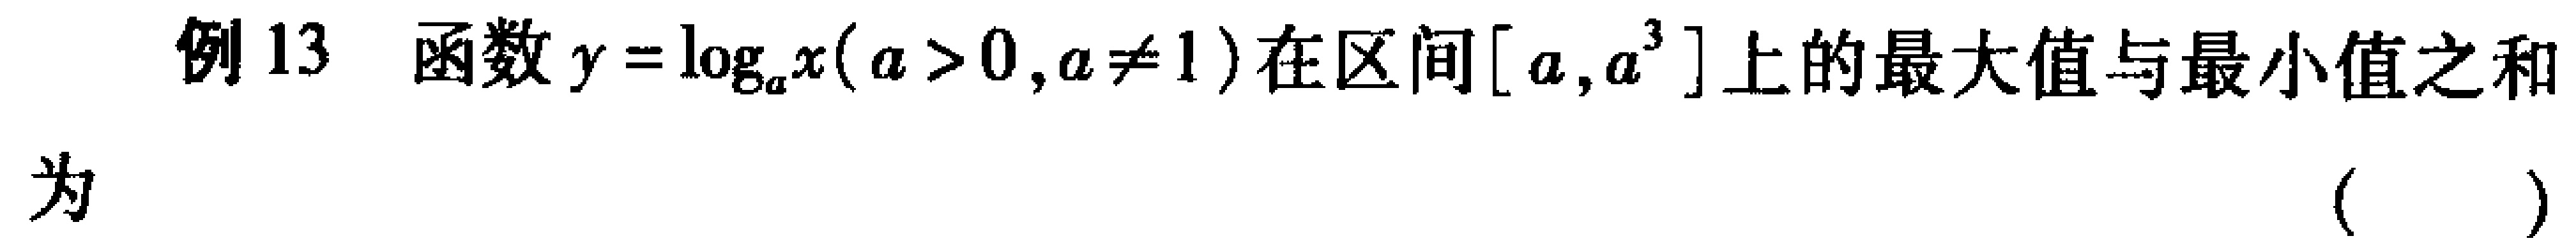
例13 函数\(y = \log_{a}x(a > 0,a\neq1)\)在区间\([a,a^{3}]\)上的最大值与最小值之和

为 （  ）